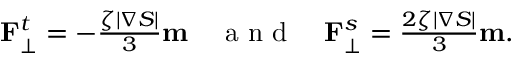
\begin{array} { r } { \mathbf { F } _ { \perp } ^ { t } = - \frac { \zeta \vert \nabla S \vert } { 3 } \mathbf { m } \quad \mathrm { ~ a ~ n ~ d ~ } \quad \mathbf { F } _ { \perp } ^ { s } = \frac { 2 \zeta \vert \nabla S \vert } { 3 } \mathbf { m } . } \end{array}